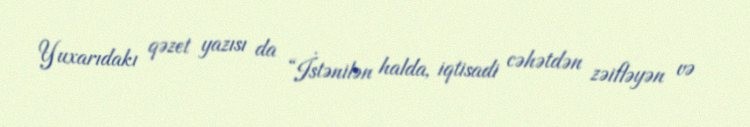
Yuxarıdakı qəzet yazısı da “İstənilən halda, iqtisadi cəhətdən zəifləyən və